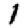
Digit: 1